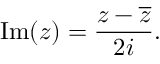
\quad \operatorname { I m } ( z ) = { \frac { z - { \overline { { z } } } } { 2 i } } .